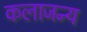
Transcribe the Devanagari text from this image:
कलाजन्य